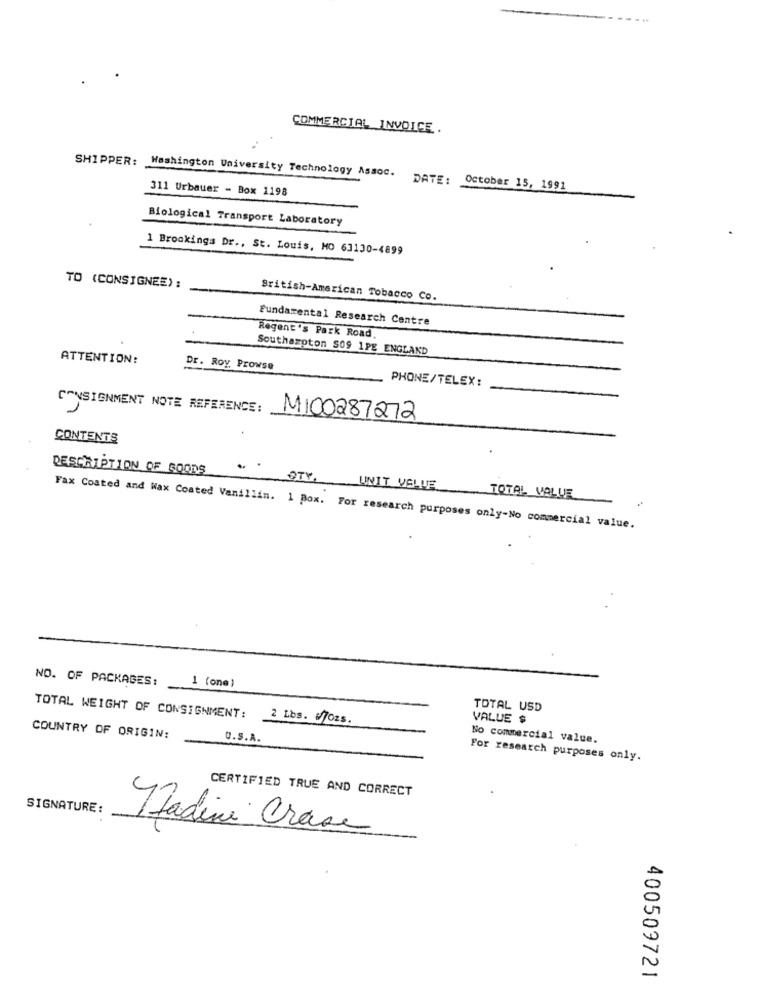
COMMERCIAL INVOICE.
SHIPPER: Washington University Technology Assoc.
311 Urbauer - Box 1198
DATE: October 15, 1991
Biological Transport Laboratory
1 Brookings Dr ., St. Louis, MO 63130-4899
TO (CONSIGNEE):
British-American Tobacco Co.
Fundamental Research Centre
Regent's Park Road
Southampton S09 1PE ENGLAND
ATTENTION:
Dr. Roy Prowse
PHONE/TELEX:
CONSIGNMENT NOTE REFERENCE:
MI00287272
CONTENTS
DESCRIPTION OF GOODS
..
OTY.
UNIT VALUE
TOTAL VALUE
Fax Coated and Wax Coated Vanillin. 1 Box. For research purposes only-No commercial value.
NO. OF PACKAGES:
1 (one)
TOTAL USD
TOTAL WEIGHT OF CONSIGNMENT: 2 Lbs. Ozs.
VALUE $
COUNTRY OF ORIGIN:
U.S.A.
No commercial value.
For research purposes only.
CERTIFIED TRUE AND CORRECT
SIGNATURE:
nadine Crase
400509721